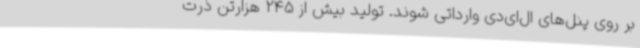
بر روی پنل‌های ال‌ای‌دی وارداتی شوند. تولید بیش از 245 هزارتن ذرت